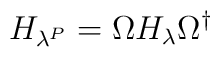
H_{\lambda^P} = \Omega H_{\lambda} \Omega^{\dagger}